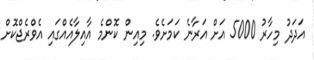
އަދަދު މިހާރު 5000 އަށް އަރާނެ ކަމަށެވެ. މިއިން ކޮންމެ އާއިލާއެއްގައި އެވްރެޖްކޮށް